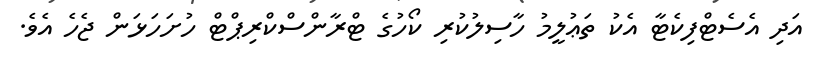
އަދި އެސެޓްފިކެޓާ އެކު ތަޢުލީމު ހާސިލުކުރި ކޯހުގެ ޓްރާންސްކްރިޕްޓް ހުށަހަޅަން ޖެހެ އެވެ.